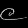
Digit: ၉